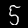
Label: 5